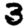
Digit: 3